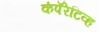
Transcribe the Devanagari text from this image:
कंपॅरेटिव्ह